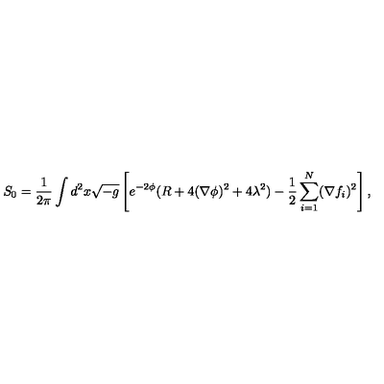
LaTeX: S _ { 0 } = { \frac { 1 } { 2 \pi } } \int d ^ { 2 } x \sqrt { - g } \left[ e ^ { - 2 \phi } ( R + 4 ( \nabla \phi ) ^ { 2 } + 4 \lambda ^ { 2 } ) - { \frac { 1 } { 2 } } \sum _ { i = 1 } ^ { N } ( \nabla f _ { i } ) ^ { 2 } \right] ,